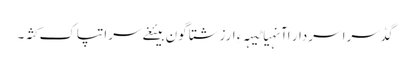
گڈسرا سردار اآنہیا ٹیہہ ءِ ارزشتا گون بیئغے سرا تپاک کثہ۔